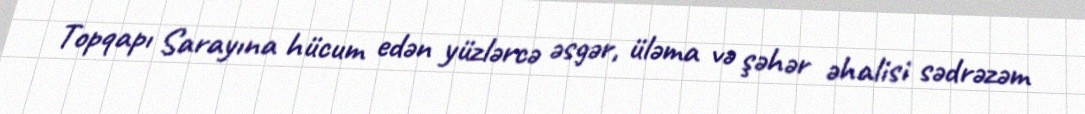
Topqapı Sarayına hücum edən yüzlərcə əsgər, üləma və şəhər əhalisi sədrəzəm